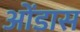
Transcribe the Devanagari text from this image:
ओंडास